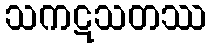
သကဋသတဿ